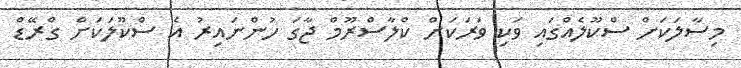
މިސާލަކަށް ސްކޫލެއްގައި ވަކި ވަރަކަށް ކްލާސްރޫމް ޖާގަ ހުންނައިރު އެ ސްކޫލަކަށް ގްރޭޑް